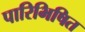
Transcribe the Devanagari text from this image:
पारिभिषित